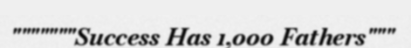
"""""""Success Has 1,000 Fathers"""